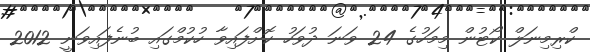
ކްރިމިނަލް ކޯޓުން މިމަހުގެ 24 ވަނަ ދުވަހު ކޮށްފައިވާ ހުކުމްގައި ބުނެފައިވަނީ 2012